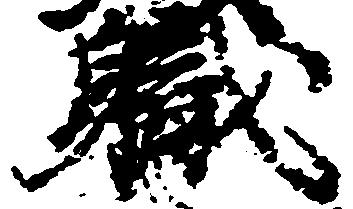
職